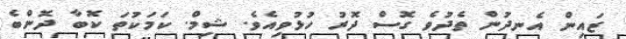
ޒައިން އެނދުން ތެދުވެ ގޮސް ދޮރު ހުޅުވިއެވެ. ޝިމް. ކަމަކުތަ ކޮބާ ދޮންބެ